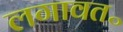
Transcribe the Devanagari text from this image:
लगावत॰